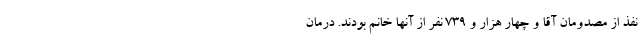
نفذ از مصدومان آقا و چهار هزار و ۷۳۹ نفر از آنها خانم بودند. درمان